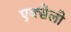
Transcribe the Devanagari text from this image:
एक्सेलो